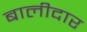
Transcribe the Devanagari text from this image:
बालीदार